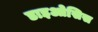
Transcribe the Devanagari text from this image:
डाइओसिस